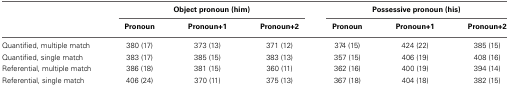
|  | <COLSPAN=3> Object pronoun (him) | <COLSPAN=3> Possessive pronoun (his) |
 |  | Pronoun | Pronoun+1 | Pronoun+2 | Pronoun | Pronoun+1 | Pronoun+2 |
 | --- | --- | --- | --- | --- | --- | --- |
 | Quantified, multiple match | 380 (17) | 373 (13) | 371 (12) | 374 (15) | 424 (22) | 385 (15) |
 | Quantified, single match | 383 (17) | 385 (15) | 383 (13) | 357 (15) | 406 (19) | 408 (16) |
 | Referential, multiple match | 386 (18) | 381 (15) | 360 (11) | 362 (16) | 400 (19) | 394 (14) |
 | Referential, single match | 406 (24) | 370 (11) | 375 (13) | 367 (18) | 404 (18) | 382 (15) |